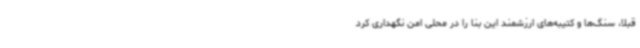
قبلا، سنگ‌ها و کتیبه‌های ارزشمند این بنا را در محلی امن نگهداری کرد